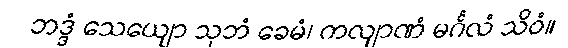
ဘဒ္ဒံ သေယျော သုဘံ ခေမံ၊ ကလျာဏံ မင်္ဂလံ သိဝံ။